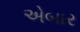
એબાર